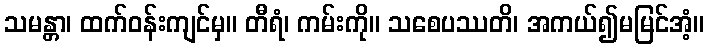
သမန္တာ၊ ထက်ဝန်းကျင်မှ။ တီရံ၊ ကမ်းကို။ သစေပဿတိ၊ အကယ်၍မမြင်အံ့။